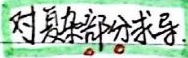
对复杂部分求导。